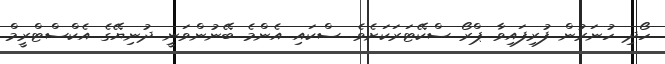
ހޯދި ހުނަރުން ފުރިފައިވާ ޕްރޯ ސްކޭޓަރަކަށެވެ. ސްކައި އެންމެ ބޭނުންވަނީ ދުނިޔޭގެ އެކްސްޓްރީމް